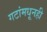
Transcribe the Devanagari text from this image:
गटांमधूनही